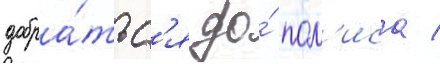
добра́тьс'я до́ пол'иса /